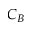
C _ { B }